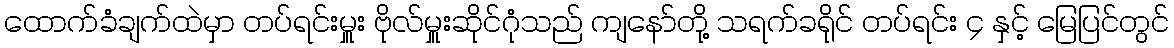
ထောက်ခံချက်ထဲမှာ တပ်ရင်းမှူး ဗိုလ်မှူးဆိုင်ဂုံသည် ကျနော်တို့ သရက်ခရိုင် တပ်ရင်း ၄ နှင့် မြေပြင်တွင်